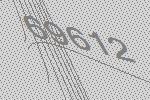
69612